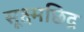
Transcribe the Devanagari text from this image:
सूक्ष्मछिद्र